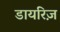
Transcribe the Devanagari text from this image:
डायरिज़